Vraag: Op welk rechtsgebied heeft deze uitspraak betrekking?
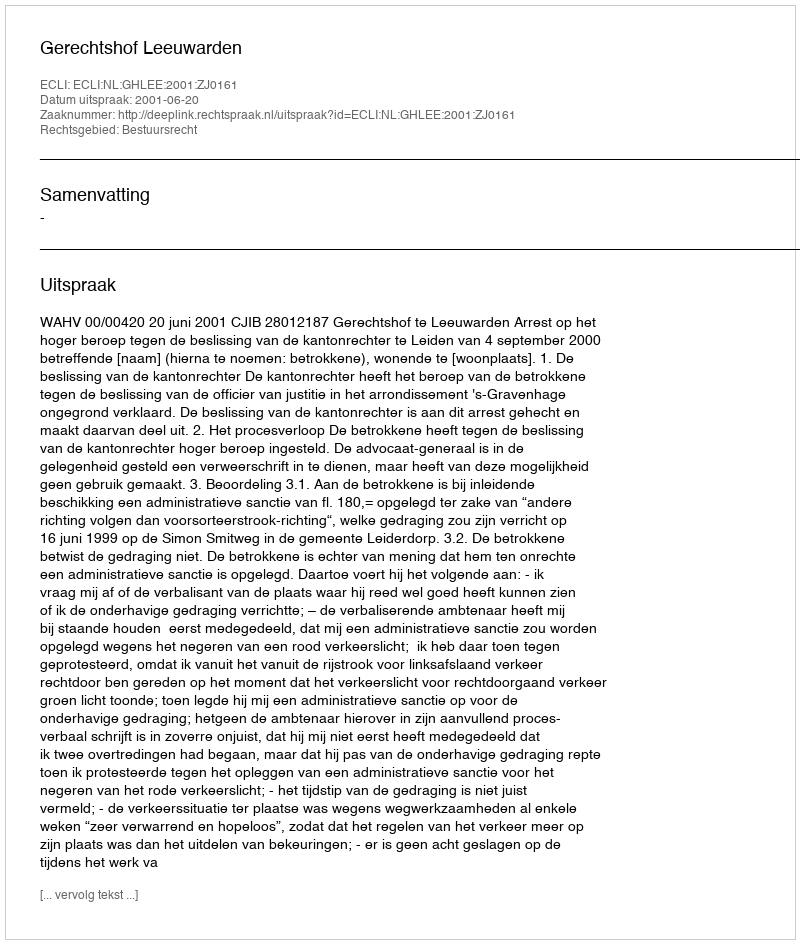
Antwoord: Bestuursrecht